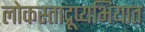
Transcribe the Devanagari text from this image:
लोकस्ताद्रूप्यभियात